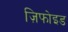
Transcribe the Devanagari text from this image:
ज़िफोइड